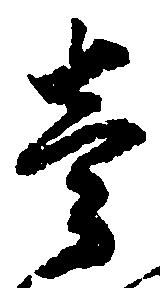
壱